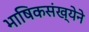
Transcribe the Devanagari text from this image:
भाषिकसंख्येने